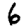
Digit: 6